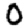
Digit: 0